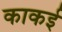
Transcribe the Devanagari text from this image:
काकई